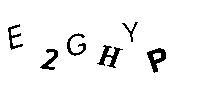
E2GHYP